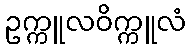
ဥက္ကူလဝိက္ကူလံ